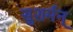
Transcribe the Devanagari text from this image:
सुशर्मन्